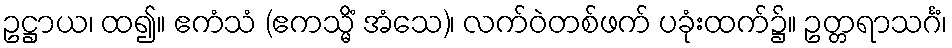
ဥဋ္ဌာယ၊ ထ၍။ ဧကံသံ (ဧကသ္မိံ အံသေ)၊ လက်ဝဲတစ်ဖက် ပခုံးထက်၌။ ဥတ္တရာသင်္ဂံ၊